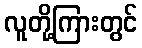
လူတို့ကြားတွင်